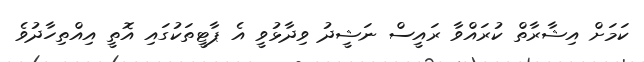
ކަމަށް އިޝާރާތް ކުރައްވާ ރައީސް ނަޝީދު ވިދާޅުވީ އެ ޕާޓީތަކުގައި އޮތީ އިއްތިހާދުވެ